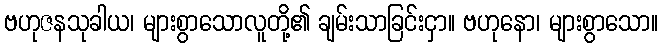
ဗဟုဇနသုခါယ၊ များစွာသောလူတို့၏ ချမ်းသာခြင်းငှာ။ ဗဟုနော၊ များစွာသော။